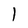
Character: l